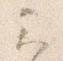
云